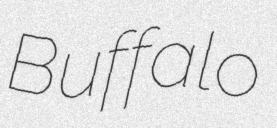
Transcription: Buffalo